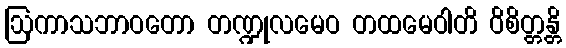
ဩကာသဘာဝတော တဏ္ဍုလမေဝ တထမေဝါတိ ဝိစိတ္တန္တိ